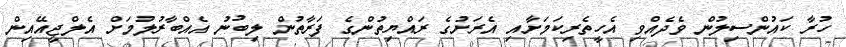
ހުރާ ކައުންސިލުން ވެދެއްވި އެހީތެރިކަމަށާއި އެރަށުގެ ރައްޔިތުންގެ ފަރާތުން ލިބުނު އެއްބާރުލުމަށް އެލްޖީއޭއިން